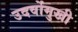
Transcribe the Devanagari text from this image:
उदर्वोमुखी